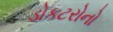
ડોકટરોનો